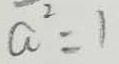
a ^ { 2 } = 1